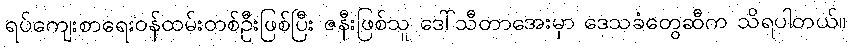
ရပ်ကျေးစာရေးဝန်ထမ်းတစ်ဦးဖြစ်ပြီး ဇနီးဖြစ်သူ ဒေါ်သီတာအေးမှာ ဒေသခံတွေဆီက သိရပါတယ်။